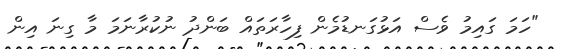
"ހަމަ ގައިމު ވެސް އަޅުގަނޑުމެން ފިހާރަތައް ބަންދު ނުކުރާނަމަ މާ ގިނަ އިން